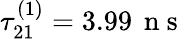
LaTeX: \tau_{21}^{(1)}=3.99\, \mathrm{~n~s~}